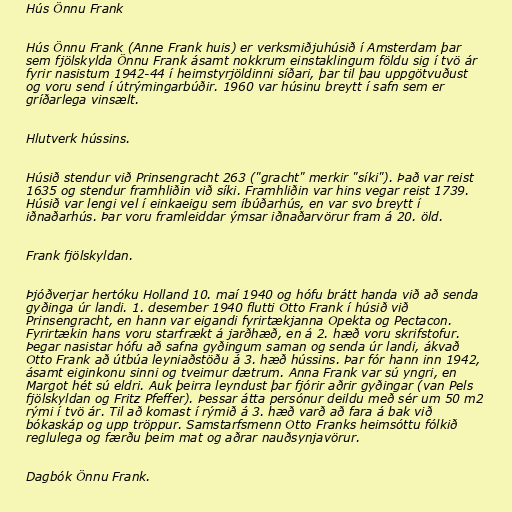
Hús Önnu Frank

Hús Önnu Frank (Anne Frank huis) er verksmiðjuhúsið í Amsterdam þar
sem fjölskylda Önnu Frank ásamt nokkrum einstaklingum földu sig í tvö ár
fyrir nasistum 1942-44 í heimstyrjöldinni síðari, þar til þau uppgötvuðust
og voru send í útrýmingarbúðir. 1960 var húsinu breytt í safn sem er
gríðarlega vinsælt.

Hlutverk hússins.

Húsið stendur við Prinsengracht 263 ("gracht" merkir "síki"). Það var reist
1635 og stendur framhliðin við síki. Framhliðin var hins vegar reist 1739.
Húsið var lengi vel í einkaeigu sem íbúðarhús, en var svo breytt í
iðnaðarhús. Þar voru framleiddar ýmsar iðnaðarvörur fram á 20. öld.

Frank fjölskyldan.

Þjóðverjar hertóku Holland 10. maí 1940 og hófu brátt handa við að senda
gyðinga úr landi. 1. desember 1940 flutti Otto Frank í húsið við
Prinsengracht, en hann var eigandi fyrirtækjanna Opekta og Pectacon.
Fyrirtækin hans voru starfrækt á jarðhæð, en á 2. hæð voru skrifstofur.
Þegar nasistar hófu að safna gyðingum saman og senda úr landi, ákvað
Otto Frank að útbúa leyniaðstöðu á 3. hæð hússins. Þar fór hann inn 1942,
ásamt eiginkonu sinni og tveimur dætrum. Anna Frank var sú yngri, en
Margot hét sú eldri. Auk þeirra leyndust þar fjórir aðrir gyðingar (van Pels
fjölskyldan og Fritz Pfeffer). Þessar átta persónur deildu með sér um 50 m2
rými í tvö ár. Til að komast í rýmið á 3. hæð varð að fara á bak við
bókaskáp og upp tröppur. Samstarfsmenn Otto Franks heimsóttu fólkið
reglulega og færðu þeim mat og aðrar nauðsynjavörur.

Dagbók Önnu Frank.